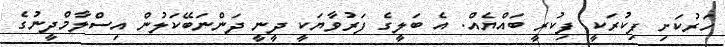
ހަރުކަށި ފިކުރަކީ ފިކުރީ ބައްޔެއް. އެ ބަލީގެ ފަރުވާޔަކީ ދީނީ ދަންނަބޭކަލުން އިސްލާމްދީނުގެ